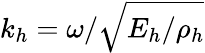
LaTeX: k_{h}=\omega/\sqrt{E_{h}/\rho_{h}}